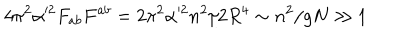
LaTeX: 4 \pi ^ { 2 } \alpha ^ { 2 } F _ { a b } F ^ { a b } = 2 \pi ^ { 2 } \alpha ^ { 2 } n ^ { 2 } / 2 R ^ { 4 } \sim n ^ { 2 } / g N \gg 1